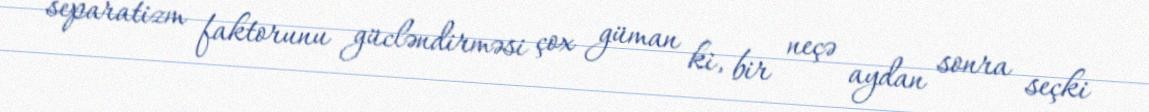
separatizm faktorunu gücləndirməsi çox güman ki, bir neçə aydan sonra seçki